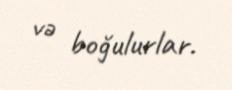
və boğulurlar.